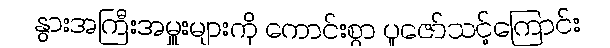
နွားအကြီးအမှူးများကို ကောင်းစွာ ပူဇော်သင့်ကြောင်း